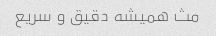
مث همیشه دقیق و سریع